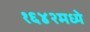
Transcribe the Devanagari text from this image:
१६४२मध्ये